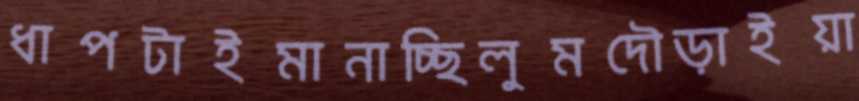
ধাপটাইমানাচ্ছিলুমদৌড়াইয়া